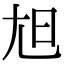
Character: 𡯙